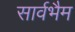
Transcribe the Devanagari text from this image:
सार्वभैम